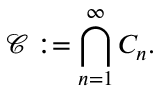
{ \mathcal { C } } : = \bigcap _ { n = 1 } ^ { \infty } C _ { n } .